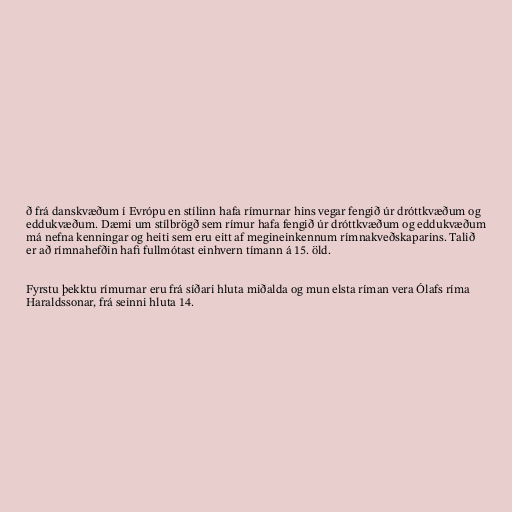
ð frá danskvæðum í Evrópu en stílinn hafa rímurnar hins vegar fengið úr dróttkvæðum og
eddukvæðum. Dæmi um stílbrögð sem rímur hafa fengið úr dróttkvæðum og eddukvæðum
má nefna kenningar og heiti sem eru eitt af megineinkennum rímnakveðskaparins. Talið
er að rímnahefðin hafi fullmótast einhvern tímann á 15. öld.

Fyrstu þekktu rímurnar eru frá síðari hluta miðalda og mun elsta ríman vera Ólafs ríma
Haraldssonar, frá seinni hluta 14.